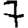
Digit: 7